Annual administration and progress report of the Indian Medical Department, Bombay
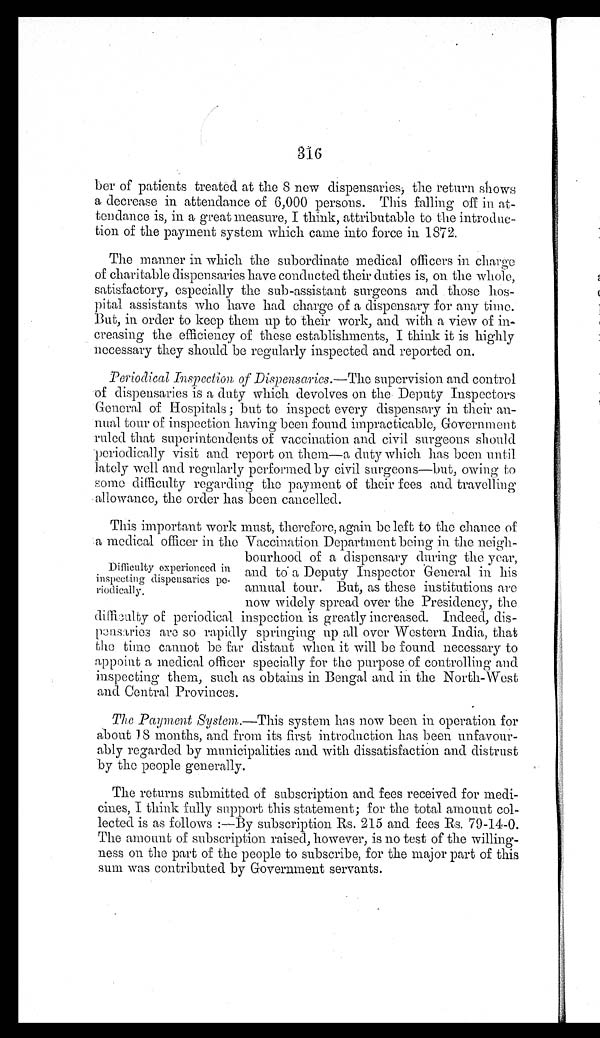
316
ber of patients treated at the 8 new dispensaries, the return shows
a decrease in attendance of 6,000 persons. This falling off in at
-tendance is, in a great measure, I think, attributable to the introdu
c - t i o n o f t h e p a y m e n t s y s t e m w h i c h c a m e i n t o f o r c e i n 1 8 7 2 .
The manner in which the subordinate medical officers in charge
of charitable dispensaries have conducted their duties is, on the whole,
satisfactory, especially the sub-assistant surgeons and those hos
- p i t a l a s s i s t a n t s w h o h a v e h a d c h a r g e o f a d i s p e n s a r y f o r a n y t i m e .
But, in order to keep them up to their work, and with a view of in
- c r e a s i n g t h e e f f i c i e n c y o f t h e s e e s t a b l i s h m e n t s , I t h i n k i t i s h i g h l y
necessary they should be regularly inspected and reported on.
Periodical Inspection of Dispensaries .—The supervision and control
of dispensaries is a duty which devolves on the Deputy Inspectors
General of Hospitals; but to inspect every dispensary in their an
- n u a l t o u r o f i n s p e c t i o n h a v i n g b e e n f o u n d i m p r a c t i c a b l e , G o v e r n m e n t
ruled that superintendents of vaccination and civil surgeons should
periodically visit and report on them—a duty which has been until
lately well and regularly performed by civil surgeons—but, owing to
some difficulty regarding the payment of their fees and travelling
allowance, the order has been cancelled.
This important work must, therefore, again be left to the chance of
a medical officer in the Vaccination Department being in the neigh
-bourhood of a dispensary during the year,
and to a Deputy Inspector General in his
annual tour. But, as these institutions are
now widely spread over the Presidency, the
difficulty of periodical inspection is greatly increased. Indeed, dis
-peasaries are so rapidly springing up all over Western India, that
the time cannot be far distant when it will be found necessary to
appoint a medical officer specially for the purpose of controlling and
inspecting them, such as obtains in Bengal and in the North-West
and Central Provinces.
The Payment System .—This system has now been in operation for
about 18 months, and from its first introduction has been unfavour
- a b l y r e g a r d e d b y m u n i c i p a l i t i e s a n d w i t h d i s s a t i s f a c t i o n a n d d i s t r u s t
by the people generally.
The returns submitted of subscription and fees received for medi
-cines, I think fully support this statement; for the total amount col
- l e c t e d i s a s f o l l o w s : — B y s u b s c r i p t i o n R s . 2 1 5 a n d f e e s R s . 7 9 - 1 4 - 0 .
The amount of subscription raised, however, is no test of the willing
- n e s s o n t h e p a r t o f t h e p e o p l e t o s u b s c r i b e , f o r t h e m a j o r p a r t o f t h i s
sum was contributed by Government servants.
Difficulty experienced in
inspecting dispensaries pe
- r i o d i c a l l y .